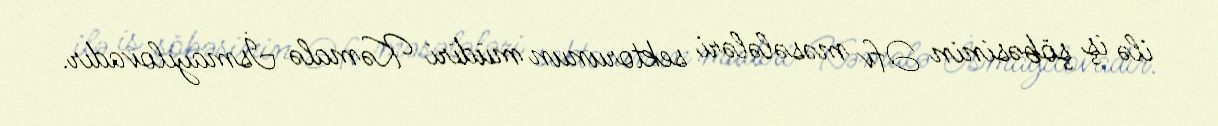
ilə iş şöbəsinin Əfv məsələləri sektorunun müdiri Kəmalə İsmayılovadır.